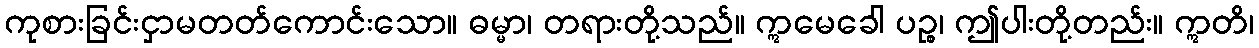
ကုစားခြင်းငှာမတတ်ကောင်းသော။ ဓမ္မာ၊ တရားတို့သည်။ ဣမေခေါ ပဉ္စ၊ ဤပါးတို့တည်း။ ဣတိ၊